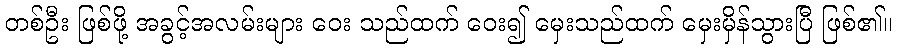
တစ်ဦး ဖြစ်ဖို့ အခွင့်အလမ်းများ ဝေး သည်ထက် ဝေး၍ မှေးသည်ထက် မှေးမှိန်သွားပြီ ဖြစ်၏။